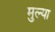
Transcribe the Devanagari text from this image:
मुल्या